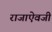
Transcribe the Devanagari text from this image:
राजाएेवजी